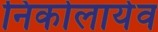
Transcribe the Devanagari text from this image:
निकोलायेव